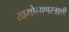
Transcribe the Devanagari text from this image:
खगोलशास्त्राशी